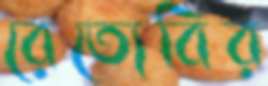
রেত্যেবির